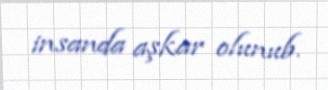
insanda aşkar olunub.